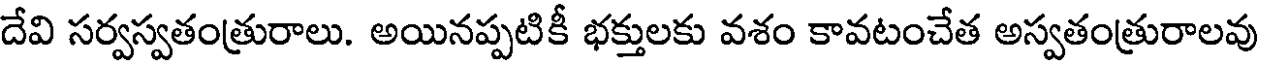
దేవి సర్వస్వతంత్రురాలు. అయినప్పటికీ భక్తులకు వశం కావటంచేత అస్వతంత్రురాలవు